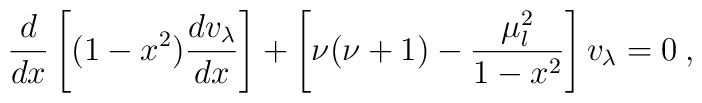
\frac{d}{dx}\left[(1-x^{2})\frac{dv_{\lambda}}{dx}\right]+\left[\nu(\nu+1)-\frac{\mu^{2}_{l}}{1-x^{2}}\right]v_{\lambda}=0\:,